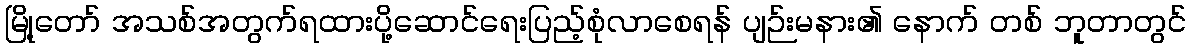
မြို့တော် အသစ်အတွက်ရထားပို့ဆောင်ရေးပြည့်စုံလာစေရန် ပျဉ်းမနား၏ နောက် တစ် ဘူတာတွင်